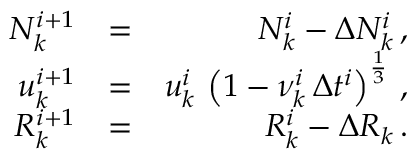
\begin{array} { r l r } { N _ { k } ^ { i + 1 } } & { = } & { N _ { k } ^ { i } - \Delta N _ { k } ^ { i } \, , } \\ { u _ { k } ^ { i + 1 } } & { = } & { u _ { k } ^ { i } \, \left( 1 - \nu _ { k } ^ { i } \, \Delta t ^ { i } \right) ^ { \frac { 1 } { 3 } } \, , } \\ { R _ { k } ^ { i + 1 } } & { = } & { R _ { k } ^ { i } - \Delta R _ { k } \, . } \end{array}